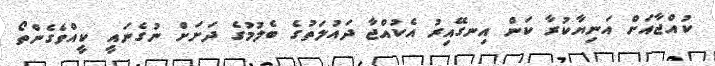
ކުއްޖާއަށް އަނިޔާކުރާ ކަން އިނގޭއިރު އެކުއްޖާ ދައުލަތުގެ ބެލުމުގެ ދަށަށް ނުގެނައީ ކީއްވެގެންތޯ